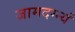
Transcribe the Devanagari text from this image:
जामदग्न्यं